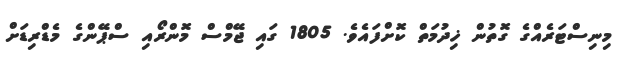
މިނިސްޓަރެއްގެ ގޮތުން ޚިދުމަތް ކޮށްފައެވެ. 1805 ގައި ޖޭމްސް މޮންރޯއި ސްޕޭންގެ މެޑްރިޑަށް